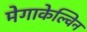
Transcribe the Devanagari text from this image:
मेगाकेल्विन